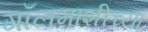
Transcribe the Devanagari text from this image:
गॉलमाशीच्या